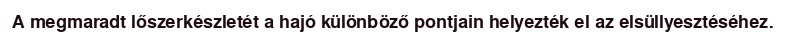
A megmaradt lőszerkészletét a hajó különböző pontjain helyezték el az elsüllyesztéséhez.